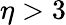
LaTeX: \eta>3